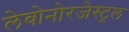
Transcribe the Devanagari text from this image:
लेवोनोरजेस्ट्रल